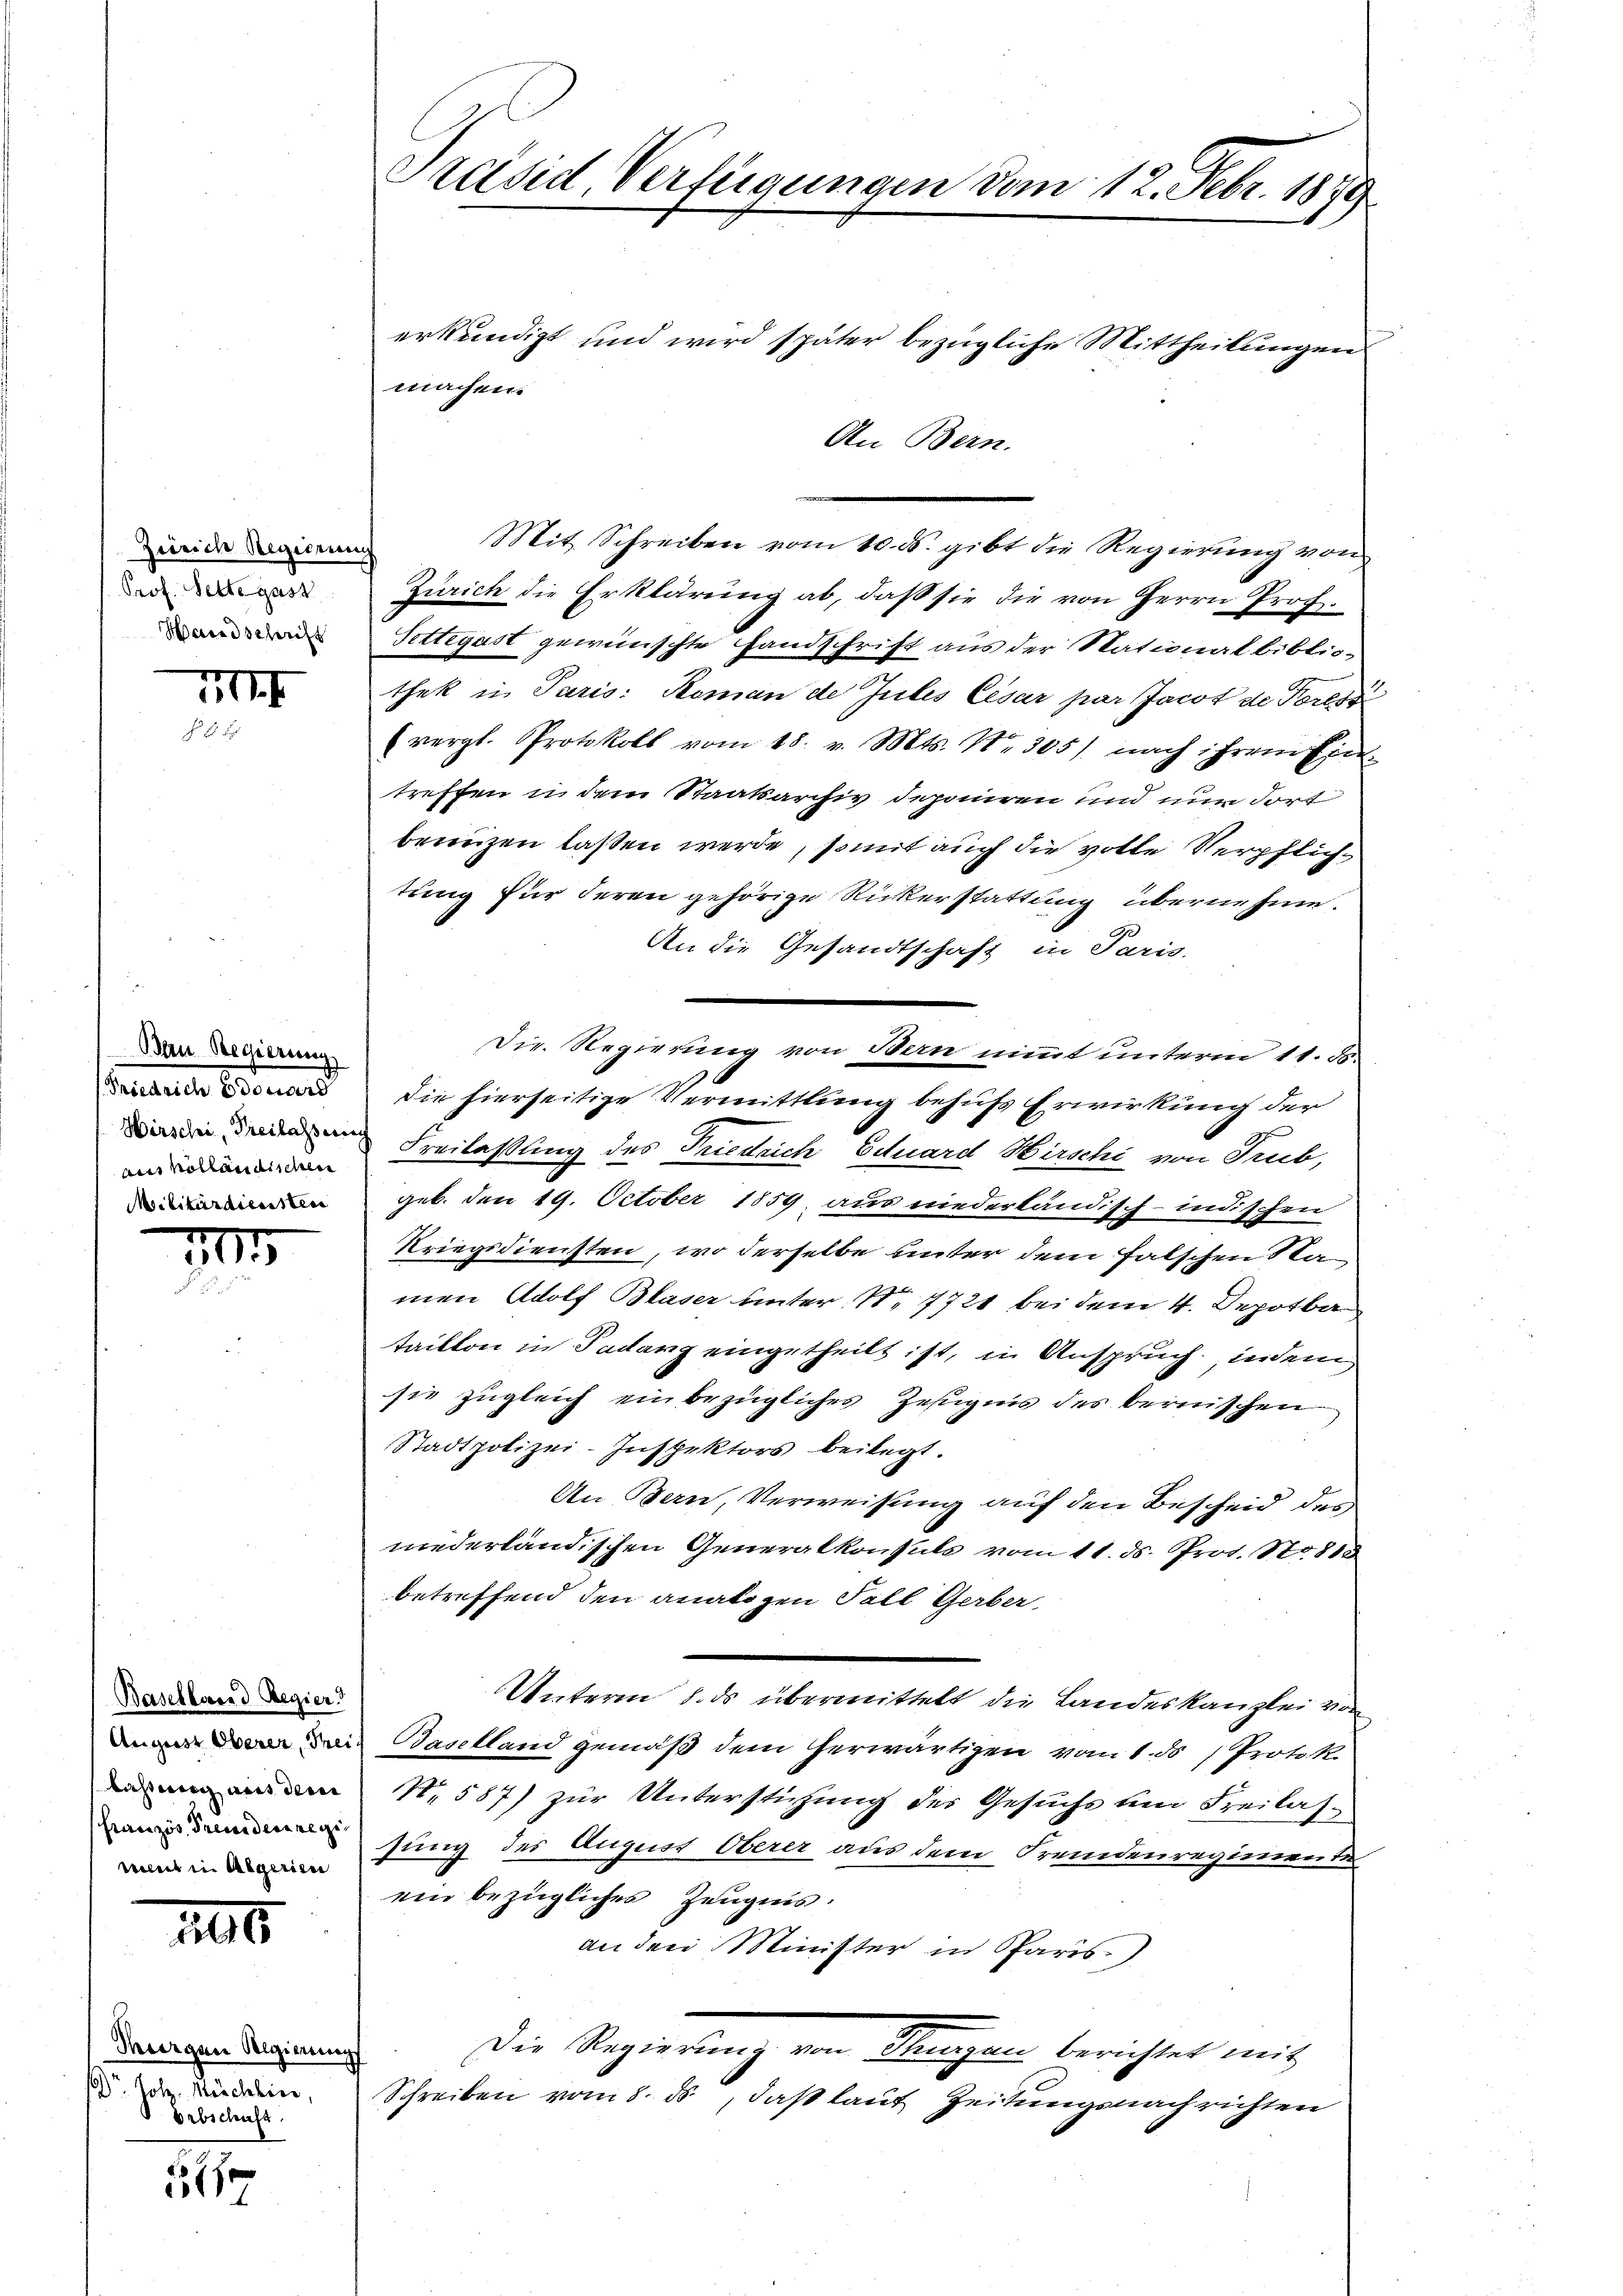
Zürich Regierung
Prof. Sette gast
Handschrift

III
F 1

Bau Regierung
enartete Broncre
aus holländischen
Militärdiensten

11

Baselland Regier
ment in Algeric

100

§117

Murgen Regierun
Dr. Holz. Mönchhice,
Orbschaft.

erkundigt und wird später bezügliche Mittheilungen
An Bern.
Mit Schreiben vom 10. ds. gibt die Regierung von
Zürich die Erklärung ab, daß sie die von Herrn Prof.
Settegast gewünschte Handschrift aus der Stationalbiblio-
thek in Paris: Roman de Julis Cesar par Jacot de Peressi
vergl. Protokoll vom 18. v. Mts. Nr. 305) nach ihrem Ein-
treffen in dem Staatsarchiv deponiren und nun dort
brunzen lassen werde, somit auch die volle Verpflichtung für deren gehörige Rükerstattung übernehme.
An die Gesandtschaft in Paris.
Die Regierung von Bern nimmt unterm 11. ds.
die hierseitige Vermittlung behufs Erwirkung der
 Freilassung des Friedrich Eduard Wirschi von Trub,
geb. den 19. October 1859 aus niederländisch-indischen
Kriegsdiensten, wo derselbe unter dem falschen Stamen Adolf Blaser unter No 7721 bei dem 4. Depotba
taikten in Padanz eingetheilt ist, in Anspruch, indem
sie zugleich einbezügliches Zeugnis des bernischen
Stadtpolizei-Inspektors beilegt.
An Bern, Verweisung auf den Bescheid des
niederländischen Generalkonsuls vom 11. ds. Prof. No. 18
betreffend den analogen Fall Gerber
Unterm 8. ds übermittelt die Landeskanzlei von
Die Baselland gemäß dem herwärtigen vom 1. ds /Protok.
 N.587) zur Unterstützung des Gesuche um Freilassung des Auguer Oberer aus dem Fremdenregimente
ein bezügliches Zeugnis.
an den Minister in Paris
—
Die Regierung von Sturzen berichtet mit
a
Schreiben vom 8. ds., daß laut Zeitungsnach richten

Präsid, Verfügungen vom 12. Febr. 1879

machen.